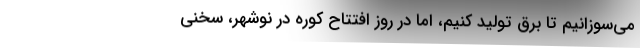
می‌سوزانیم تا برق تولید کنیم، اما در روز افتتاح کوره در نوشهر، سخنی